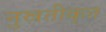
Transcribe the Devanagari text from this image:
नुस्रतीकृत